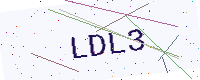
Text: LDL3